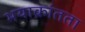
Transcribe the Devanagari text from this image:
भयाक्रांतता